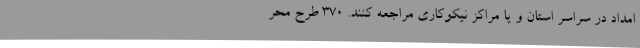
امداد در سراسر استان و یا مراکز نیکوکاری مراجعه کنند. 370 طرح محر